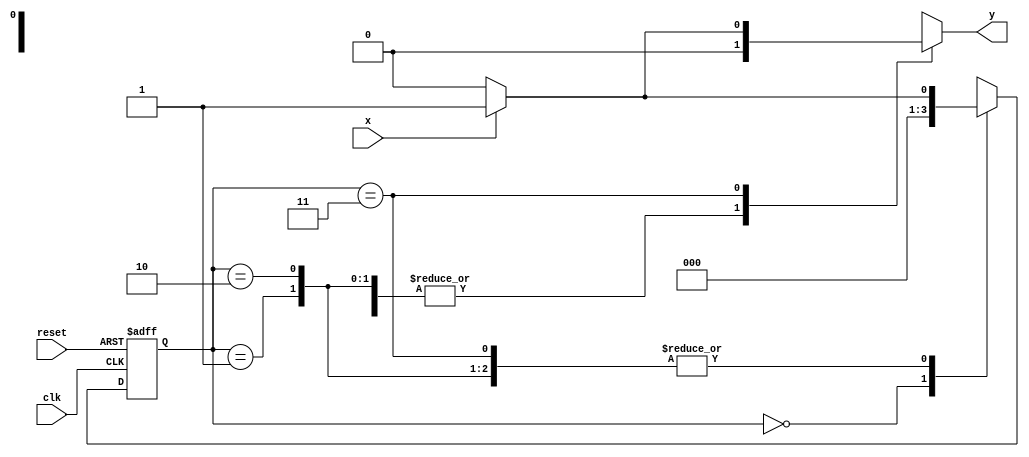
// --Nome: Thaise Souto
// --Matricula: 395504
// -------------------- 
// --- Mealy-Moore FSM 
// -------------------- 
// 
`define found    1
`define notfound 0

module Circuito( y, x, clk, reset );
 output y;
 input  x;
 input  clk;
 input  reset;

 reg    y;

 parameter         
   start  = 2'b00,
   id1    = 2'b01,
   id11   = 2'b10,
   id110  = 2'b11;

   reg [1:0] E1;	// current state variables
   reg [1:0] E2;	// next state logic output

   always @( x or E1 )
    begin
     y = `notfound;
     case ( E1 )
      start:
        if ( x )
         E2 = start;
        else
         E2 = start;
      id1:
        if ( x )
         E2 = id1;
        else
         E2 = start;
      id11:
        if ( x )
         E2 = id1;
        else
         E2 = start;
      id110:
        if ( x )
	 begin
	   E2 =  id1;
	   y  = `found;
	 end
	else
	 begin
	   E2 =  start;
	   y  = `notfound;
	 end
      default:   // undefined state
           E2 =  2'bxx;
     endcase
    end // always at signal or state changing
	 
   always @( posedge clk or negedge reset )
    begin
     if ( reset )
      E1 = E2;    // updates current state
     else
      E1 = 0;     // reset
    end 

endmodule//module Circuito


module Exemplo0054; 
reg clk, reset, x; 
wire saida;
 
Circuito circ( saida, x, clk, reset ); 

initial 
begin 
$display ( "Guia 07 - Thaise Souto Martins - 395504" );
$display ( "Circuito" ); 

// initial values 
clk = 1; 
reset = 1; 
x = 0; 

// input signal changing 
#5 reset = 1; 
#10 x = 101; 
#10 x = 0; 
#10 x = 1; 
#10 x = 0; 
#10 x = 1; 
 
#30 $finish; 
end // initial
 
always 
#13 clk = ~clk; 

always @( posedge clk ) 
begin 
$display ( "%4d %4b", $time,saida); 
end // always at positive edge clocking changing 
endmodule // Exemplo0053